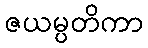
ဇယမ္ပတိကာ